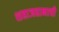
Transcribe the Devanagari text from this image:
शहाजहानाची